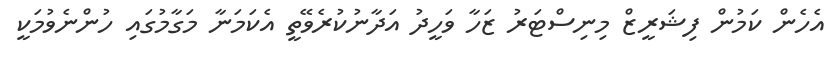
އެހެން ކަމުން ފިޝަރީޒް މިނިސްޓަރު ޒަހާ ވަހީދު އަދާނުކުރެވޭތީ އެކަމަަނާ މަގާމުގައި ހުންނެވުމަކީ